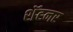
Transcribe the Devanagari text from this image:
शॅटनर